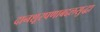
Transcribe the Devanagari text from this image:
दानशूरपणाबद्दलसुद्धा